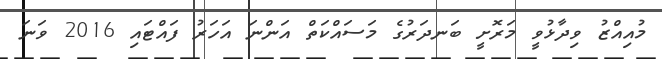
މުއިއްޒު ވިދާޅުވީ މަރޮށީ ބަނދަރުގެ މަސައްކަތް އަންނަ އަހަރު ފައްޓައި 2016 ވަނަ